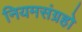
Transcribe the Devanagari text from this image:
नियमसंग्रहो